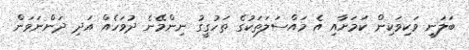
ބަލަނީ ވަކިވަކިން ކަމަށާއި އެ މައްސަލަތަކުގެ ތަހުގީގު ނިންމޭނެ ދުވަހެއް އަދި ދަންނަވަން